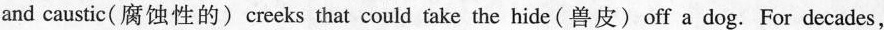
and caustic( 腐蚀性的)ereeks that could take the hide(兽皮)off a dog. For decades,